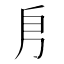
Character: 㐆